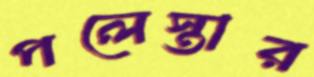
পলেস্তার